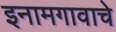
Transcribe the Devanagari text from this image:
इनामगावाचे